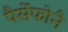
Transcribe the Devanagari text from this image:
पैर्सेफोनै